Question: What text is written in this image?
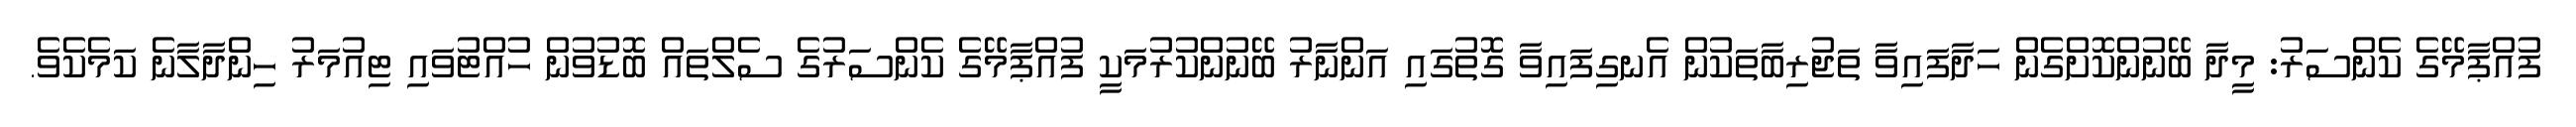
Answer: ފުއްޕާމޭގެ ކެންސަރު: މީދާ ބޭނުންކޮށްގެން ހަދާފައިވާ ތަޖުރިބާތަކުން އެނގިފައިވާ ގޮތުގައި އަންނާރު ބޭނުންކުރުމަކީ ފުއްޕާމޭގެ ކެންސަރުގެ ސެލްތައް ބޮޑުވުން ހުއްޓުވައި ޓިއުމަރު ހިންދާލާނެ ކަމެކެވެ.